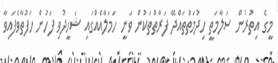
މީގެ އިތުރުން ސަލާމަތީ ހިދުމަތްތައްދޭ ފަރާތްތަކުން ވަނީ ހަމަލާއެއްގައި ޝަހީދުވި ފަހުން ހަފުތާވެފައިވާ